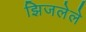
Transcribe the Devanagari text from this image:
झिजलेले